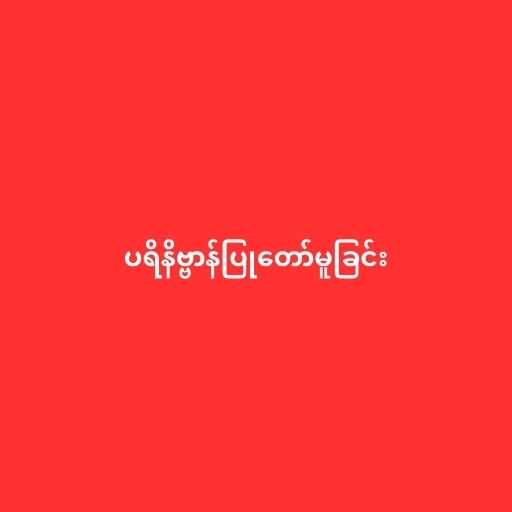
ပရိနိဗ္ဗာန်ပြုတော်မူခြင်း